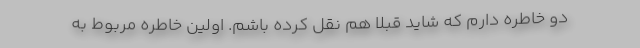
دو خاطره دارم كه شاید قبلا هم نقل كرده باشم. اولین خاطره مربوط به